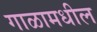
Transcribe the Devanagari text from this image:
गाळामधील